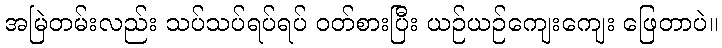
အမြဲတမ်းလည်း သပ်သပ်ရပ်ရပ် ဝတ်စားပြီး ယဉ်ယဉ်ကျေးကျေး ဖြေတာပဲ။